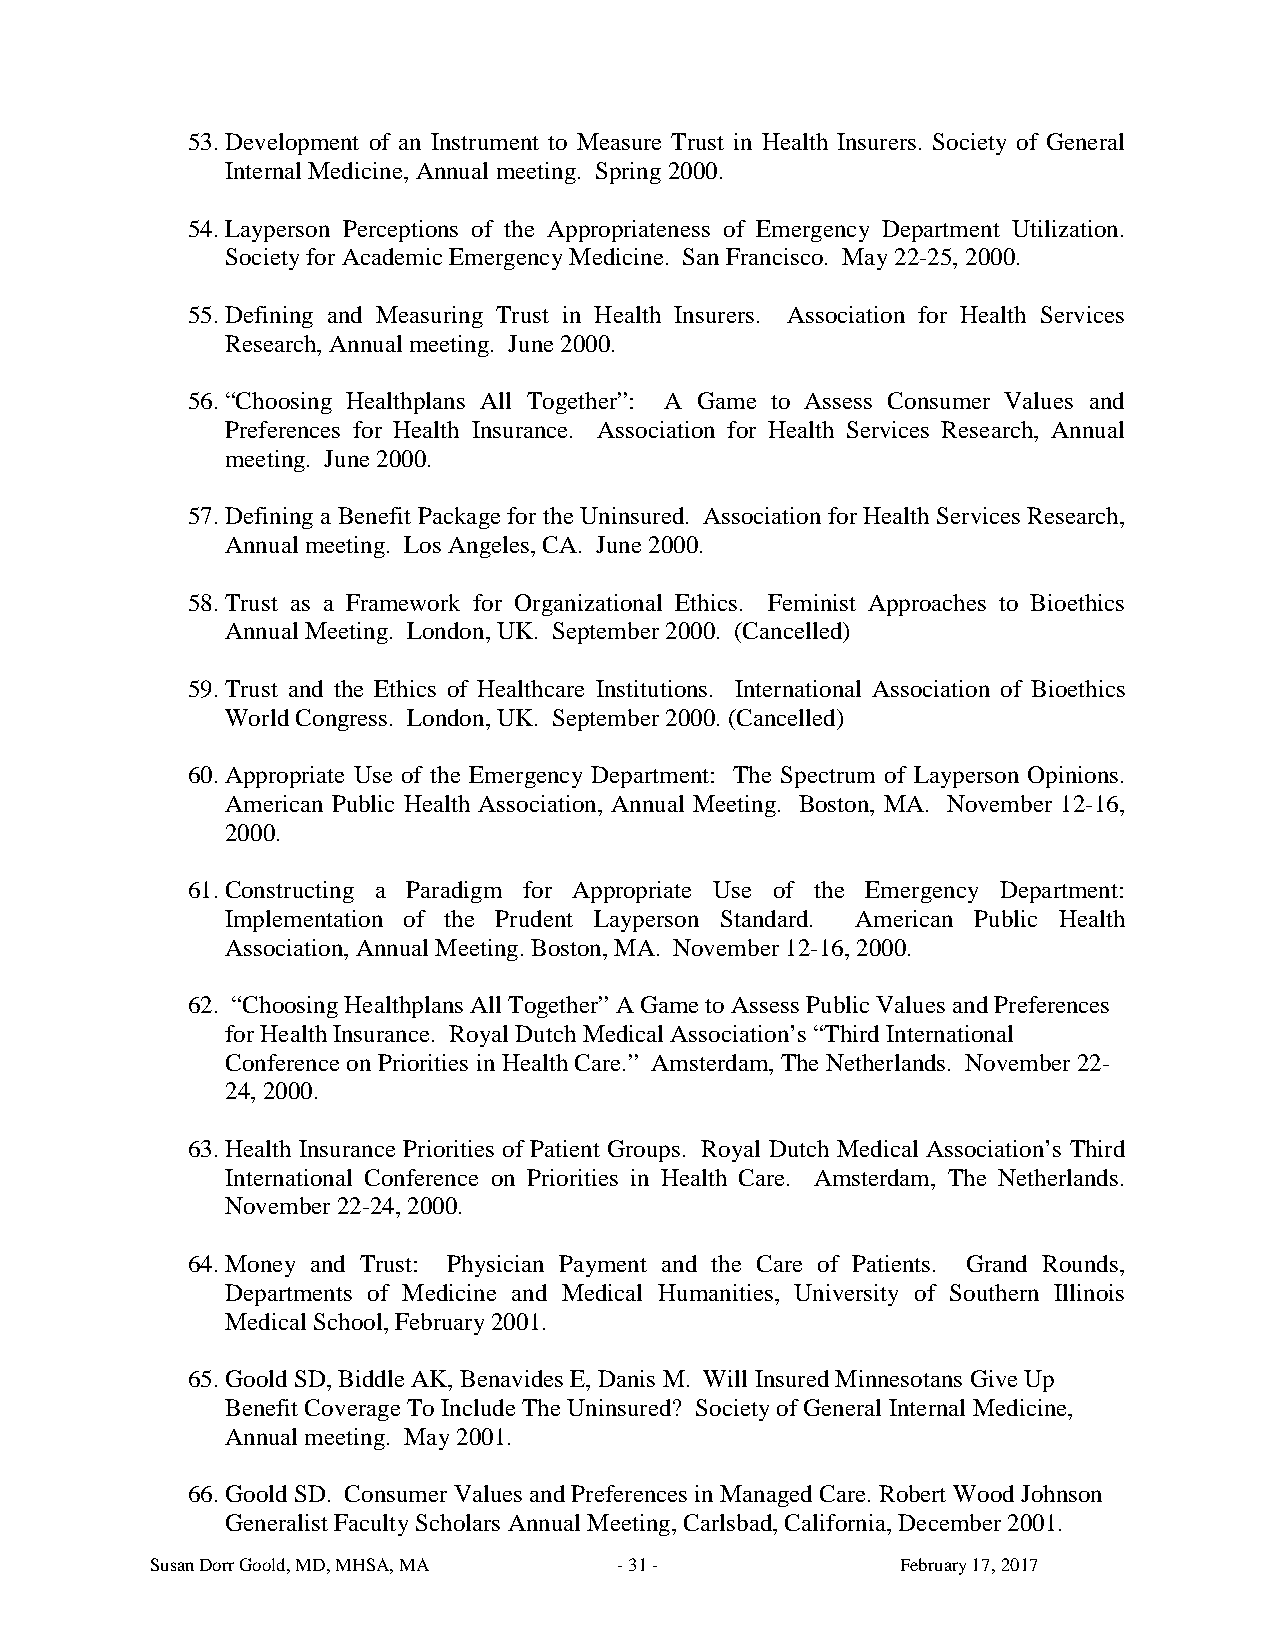
53. Development of an Instrument to Measure Trust in Health Insurers. Society of General
 Internal Medicine, Annual meeting. Spring 2000.
 54. Layperson Perceptions of the Appropriateness of Emergency Department Utilization.
 Society for Academic Emergency Medicine. San Francisco. May 22-25, 2000.
 55. Defining and Measuring Trust in Health Insurers. Association for Health Services
 Research, Annual meeting. June 2000.
 56. “Choosing Healthplans All Together”: A Game to Assess Consumer Values and
 Preferences for Health Insurance. Association for Health Services Research, Annual
 meeting. June 2000.
 57. Defining a Benefit Package for the Uninsured. Association for Health Services Research,
 Annual meeting. Los Angeles, CA. June 2000.
 58. Trust as a Framework for Organizational Ethics. Feminist Approaches to Bioethics
 Annual Meeting. London, UK. September 2000. (Cancelled)
 59. Trust and the Ethics of Healthcare Institutions. International Association of Bioethics
 World Congress. London, UK. September 2000. (Cancelled)
 60. Appropriate Use of the Emergency Department: The Spectrum of Layperson Opinions.
 American Public Health Association, Annual Meeting. Boston, MA. November 12-16,
 2000.
 61. Constructing a Paradigm for Appropriate Use of the Emergency Department:
 Implementation of the Prudent Layperson Standard. American Public Health
 Association, Annual Meeting. Boston, MA. November 12-16, 2000.
 62. “Choosing Healthplans All Together” A Game to Assess Public Values and Preferences
 for Health Insurance. Royal Dutch Medical Association’s “Third International
 Conference on Priorities in Health Care.” Amsterdam, The Netherlands. November 22-
 24, 2000.
 63. Health Insurance Priorities of Patient Groups. Royal Dutch Medical Association’s Third
 International Conference on Priorities in Health Care. Amsterdam, The Netherlands.
 November 22-24, 2000.
 64. Money and Trust: Physician Payment and the Care of Patients. Grand Rounds,
 Departments of Medicine and Medical Humanities, University of Southern Illinois
 Medical School, February 2001.
 65. Goold SD, Biddle AK, Benavides E, Danis M. Will Insured Minnesotans Give Up
 Benefit Coverage To Include The Uninsured? Society of General Internal Medicine,
 Annual meeting. May 2001.
 66. Goold SD. Consumer Values and Preferences in Managed Care. Robert Wood Johnson
 Generalist Faculty Scholars Annual Meeting, Carlsbad, California, December 2001.
 Susan Dorr Goold, MD, MHSA, MA - 31 -             February 17, 2017